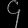
Digit: ၄